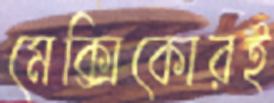
মেক্সিকোরই